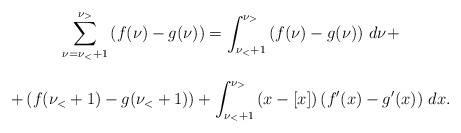
\begin{align*}\begin{array}{c}\displaystyle{ \sum_{\nu=\nu_< +1}^{\nu_>} \left( f(\nu)-g(\nu) \right)= \int_{\nu_< +1}^{\nu_>}\left( f(\nu)-g(\nu) \right)\, d\nu + }\\ \\ \displaystyle{ +\left( f(\nu_< +1)-g(\nu_< +1) \right) + \int_{\nu_< +1}^{\nu_>} \left( x-[x] \right)\left( f'(x)-g'(x) \right) \, dx}.\end{array}\end{align*}